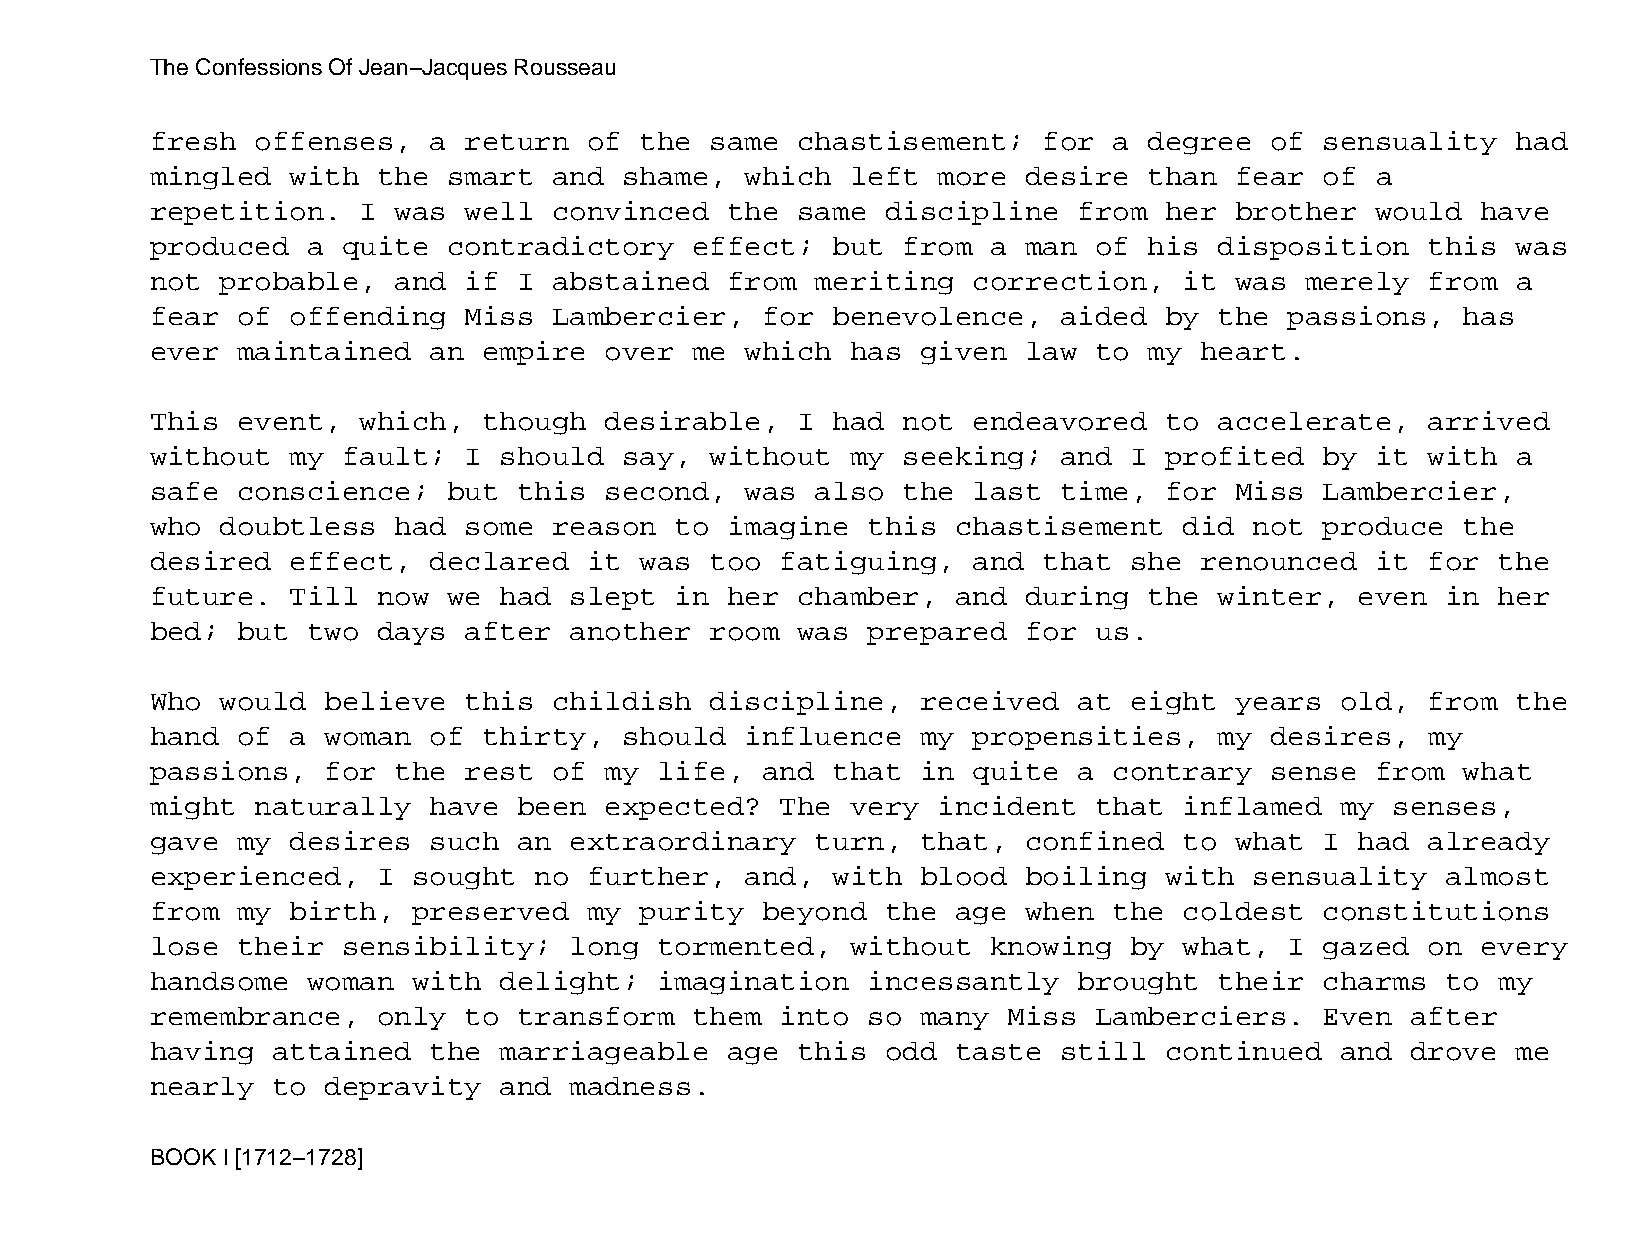
The Confessions Of Jean−Jacques Rousseau
 fresh  offenses,  a  return  of the  same  chastisement;   for  a degree  of  sensuality  had
 mingled  with  the  smart  and shame,  which  left  more  desire  than  fear  of a
 repetition.   I was  well  convinced  the  same  discipline  from  her  brother  would  have
 produced  a  quite  contradictory   effect;  but  from  a man of  his  disposition   this was
 not  probable,  and  if I  abstained  from  meriting  correction,   it  was merely   from a
 fear  of offending   Miss  Lambercier,  for  benevolence,   aided  by  the passions,   has
 ever  maintained  an  empire  over  me which  has  given  law to  my heart.
 This  event,  which,  though  desirable,   I had  not endeavored   to  accelerate,   arrived
 without  my  fault;  I should  say,  without  my  seeking;  and  I profited   by it  with a
 safe  conscience;   but this  second,  was  also  the last  time,  for  Miss  Lambercier,
 who  doubtless  had  some  reason  to imagine  this  chastisement   did  not  produce  the
 desired  effect,  declared   it was  too  fatiguing,  and  that  she renounced   it  for the
 future.  Till  now  we had  slept  in her  chamber,  and  during  the  winter,  even  in her
 bed;  but two  days  after  another  room  was prepared   for us.
 Who  would  believe  this  childish  discipline,   received  at  eight  years  old,  from the
 hand  of a  woman of  thirty,  should  influence   my propensities,    my desires,   my
 passions,   for the  rest  of my  life, and  that  in quite  a  contrary  sense  from  what
 might  naturally  have  been  expected?   The very  incident  that  inflamed   my senses,
 gave  my desires  such  an  extraordinary   turn,  that,  confined  to  what  I had  already
 experienced,   I sought  no  further,  and,  with  blood  boiling  with  sensuality   almost
 from  my birth,  preserved   my purity  beyond   the age  when  the coldest   constitutions
 lose  their  sensibility;   long  tormented,  without   knowing  by what,  I  gazed  on every
 handsome  woman  with  delight;   imagination  incessantly   brought   their  charms  to my
 remembrance,   only  to transform   them  into so  many  Miss Lamberciers.    Even after
 having  attained  the  marriageable   age  this  odd taste  still  continued   and drove  me
 nearly  to  depravity  and  madness.
 BOOK I [1712−1728]